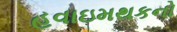
હવાઇમથકનો